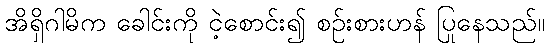
အိရှိဂါမိက ခေါင်းကို ငဲ့စောင်း၍ စဉ်းစားဟန် ပြုနေသည်။